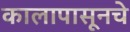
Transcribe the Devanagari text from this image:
कालापासूनचे